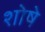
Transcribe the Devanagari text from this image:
शोषे